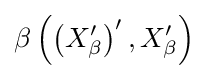
\beta \left(\left(X_{\beta }^{\prime }\right)^{\prime },X_{\beta }^{\prime }\right)